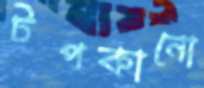
টপকানো